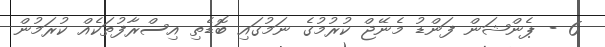
6 - ޕެންޝަން ފަންޑު މެނޭޖް ކުރުމުގެ ނަމުގައި ބޮޑެތި އިސްރާފުތަކެއް ކުރަމުން